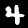
Digit: 4